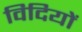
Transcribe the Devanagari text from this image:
विदियों